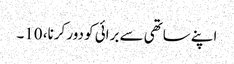
اپنے ساتھی سے برائی کو دور کرنا، 10۔